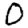
Digit: 0